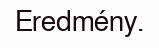
Eredmény.